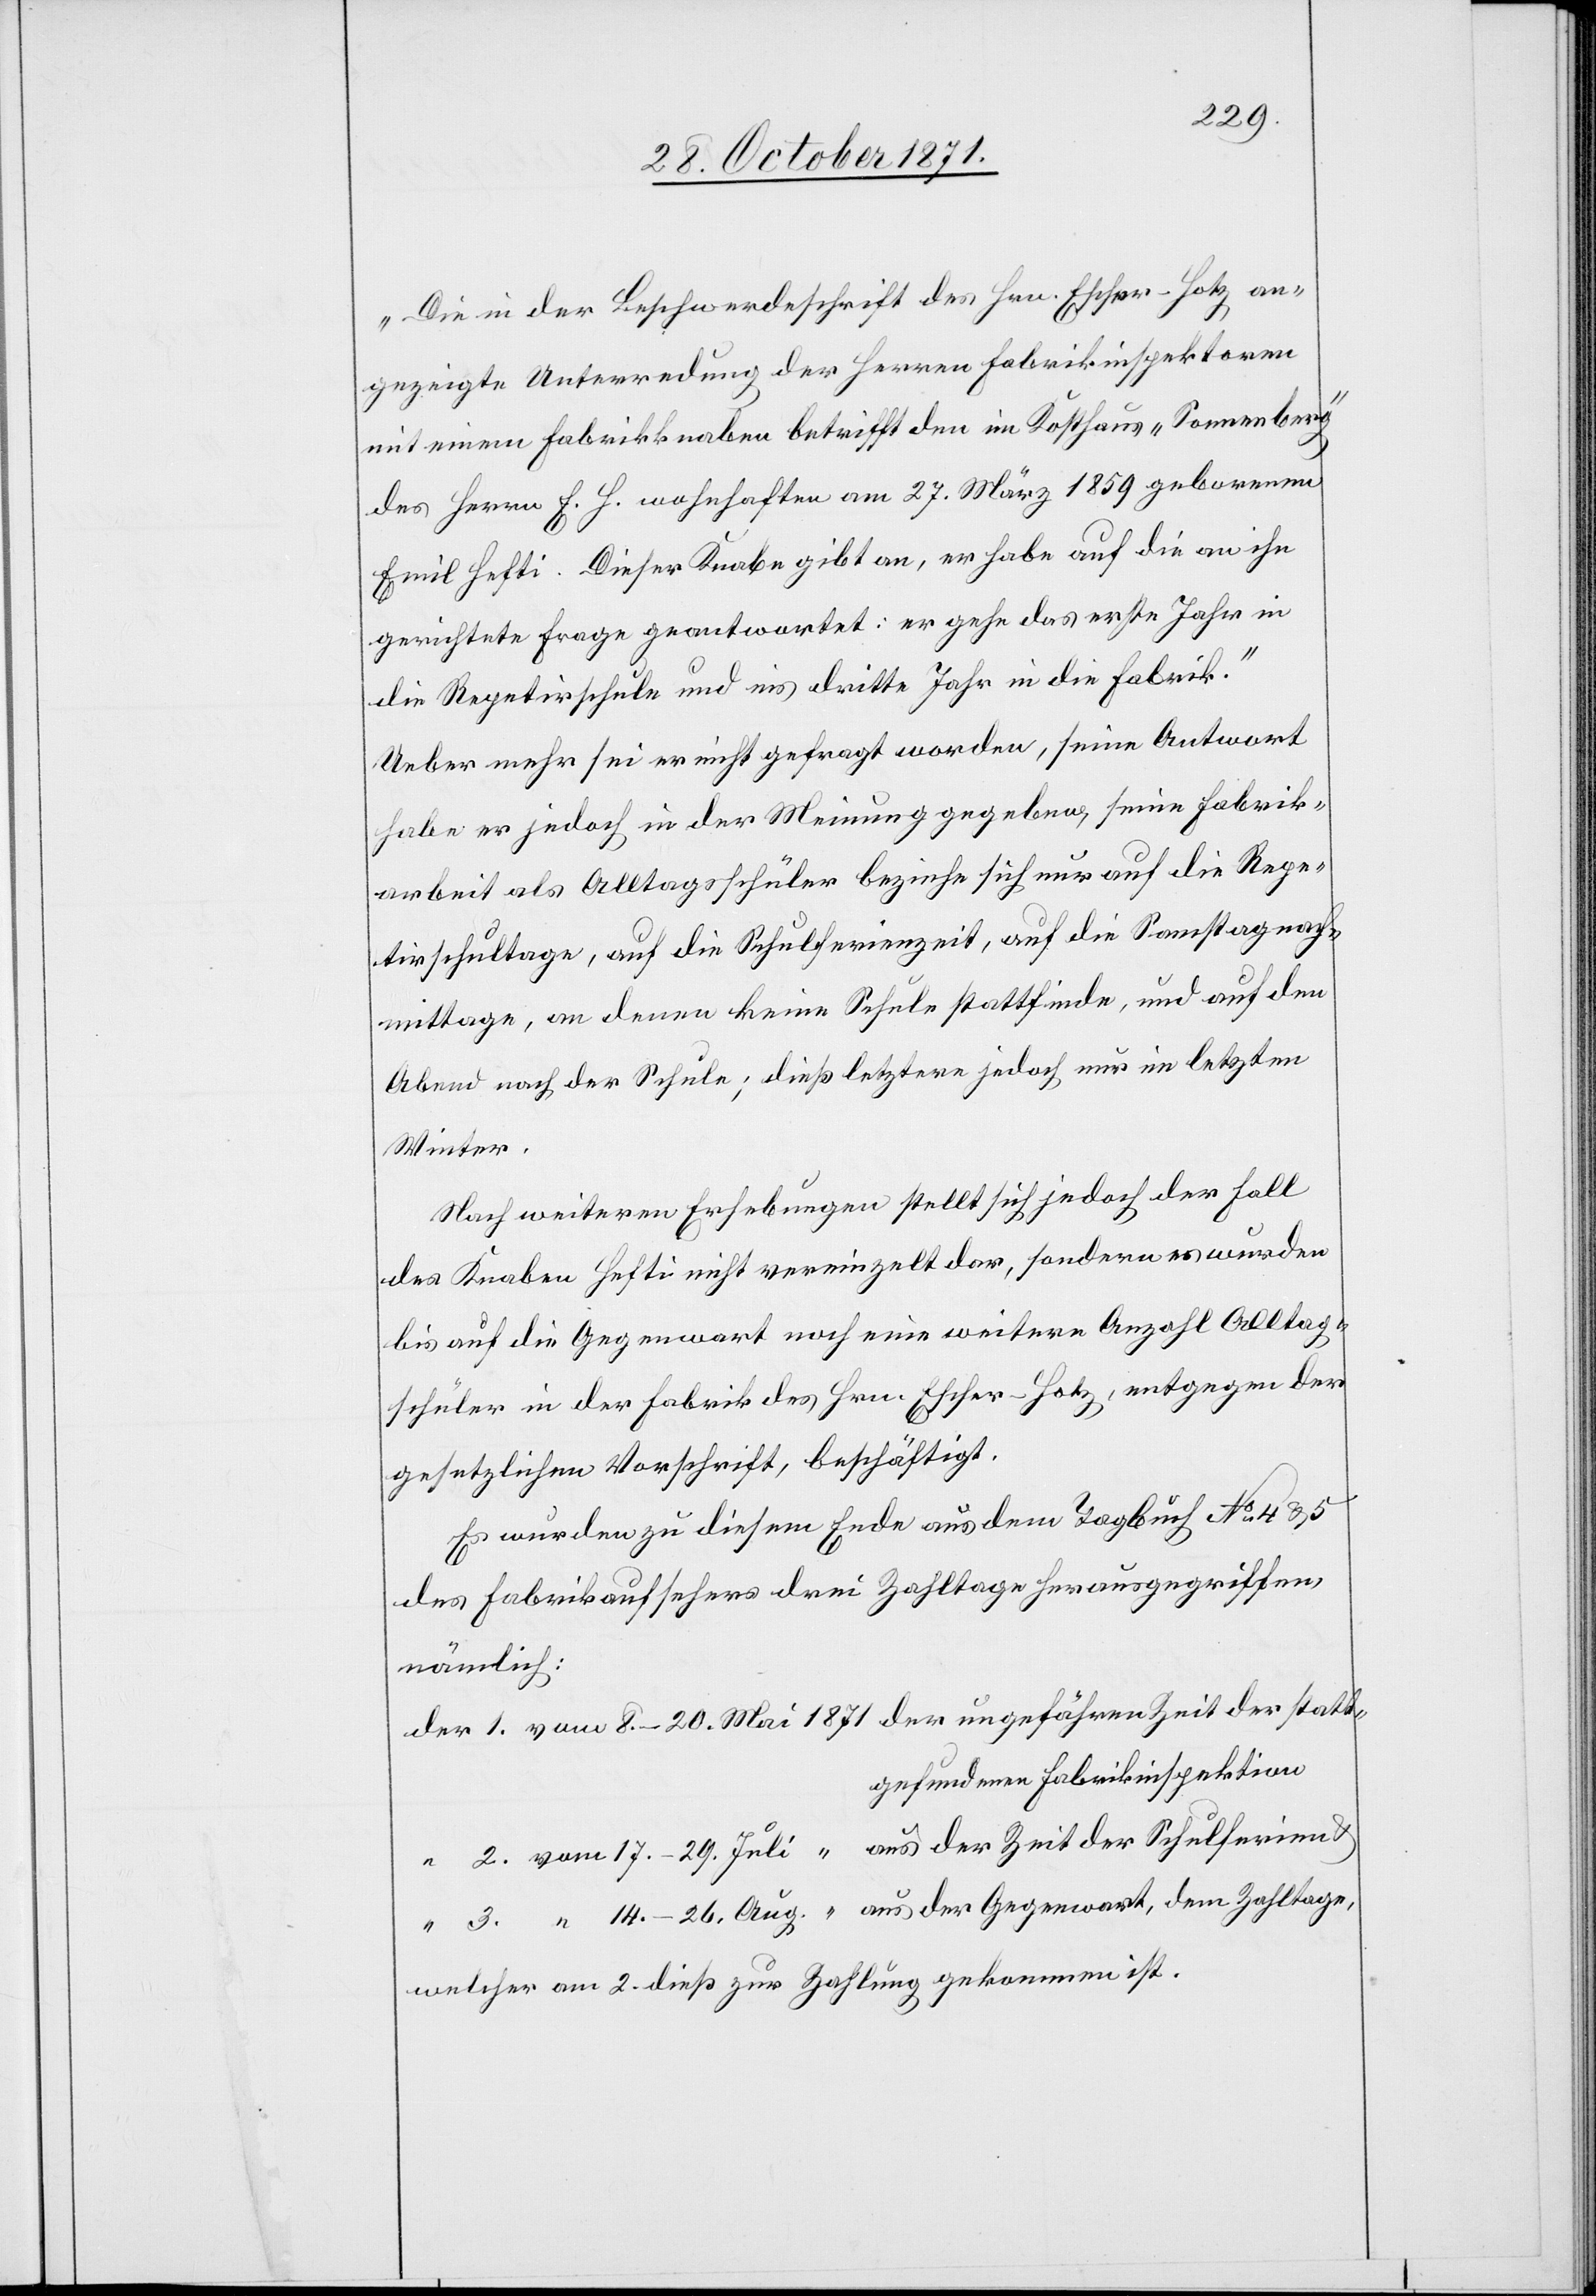
„Die in der Beschwerdeschrift des Hrn. Escher-Hotz an¬
gezeigte Unterredung der Herren Fabrikinspektoren
mit einem Fabrikknaben betrifft den im Kosthaus „Sonnenberg“
des Herrn E. H. wohnhaften am 27. März 1859 geborenen
Emil Hefti. Dieser Knabe gibt an, er habe auf die an ihn
gerichtete Frage geantwortet: er gehe das erste Jahr in
die Repetirschule und ins dritte Jahr in die Fabrik.“
Ueber mehr sei er nicht gefragt worden, seine Antwort
habe er jedoch in der Meinung gegeben, seine Fabrik¬
arbeit als Alltagsschüler beziehe sich nur auf die Repe¬
tirschultage, auf die Schulferienzeit, auf die Samstagnach¬
mittage, an denen keine Schule stattfinde, und auf den
Abend nach der Schule; dieß letztere jedoch nur im letzten
Winter.
Nach weiteren Erhebungen stellt sich jedoch der Fall
des Knaben Hefti nicht vereinzelt dar, sondern es wurden
bis auf die Gegenwart noch eine weitere Anzahl Alltag¬
schüler in der Fabrik des Hrn. Escher-Hotz, entgegen der
gesetzlichen Vorschrift, beschäftigt.
Es wurden zu diesem Ende aus dem Tagbuch No 4 & 5
des Fabrikaufsehers drei Zahltage herausgegriffen,
nämlich:
gefundenen Fabrikinspektion
welcher am 2. dieß zur Zahlung gekommen ist.

3.